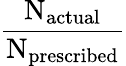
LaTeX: \frac{\textrm{N}_{\mathrm{actual}}}{\textrm{N}_{\mathrm{prescribed}}}